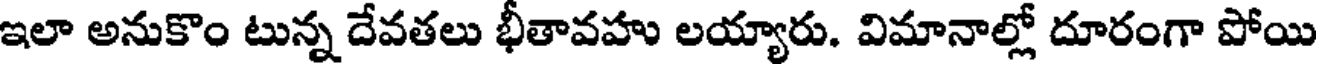
ఇలా అనుకొం టున్న దేవతలు భీతావహు లయ్యారు. విమానాల్లో దూరంగా పోయి